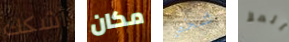
أشكك مكان شخص الملأ